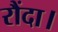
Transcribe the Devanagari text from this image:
रौंदा।